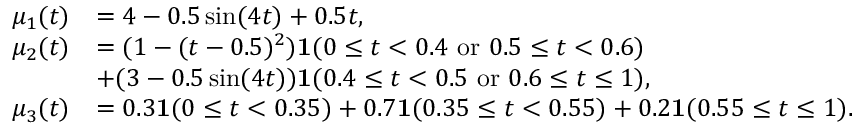
\begin{array} { r l } { \mu _ { 1 } ( t ) } & { = 4 - 0 . 5 \sin ( 4 t ) + 0 . 5 t , } \\ { \mu _ { 2 } ( t ) } & { = ( 1 - ( t - 0 . 5 ) ^ { 2 } ) \mathbf 1 ( 0 \leq t < 0 . 4 ~ \mathrm { o r } ~ 0 . 5 \leq t < 0 . 6 ) } \\ & { + ( 3 - 0 . 5 \sin ( 4 t ) ) \mathbf 1 ( 0 . 4 \leq t < 0 . 5 ~ \mathrm { o r } ~ 0 . 6 \leq t \leq 1 ) , } \\ { \mu _ { 3 } ( t ) } & { = 0 . 3 \mathbf 1 ( 0 \leq t < 0 . 3 5 ) + 0 . 7 \mathbf 1 ( 0 . 3 5 \leq t < 0 . 5 5 ) + 0 . 2 \mathbf 1 ( 0 . 5 5 \leq t \leq 1 ) . } \end{array}